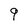
Character: 9